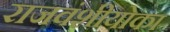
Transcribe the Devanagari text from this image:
राजवंशीयोका